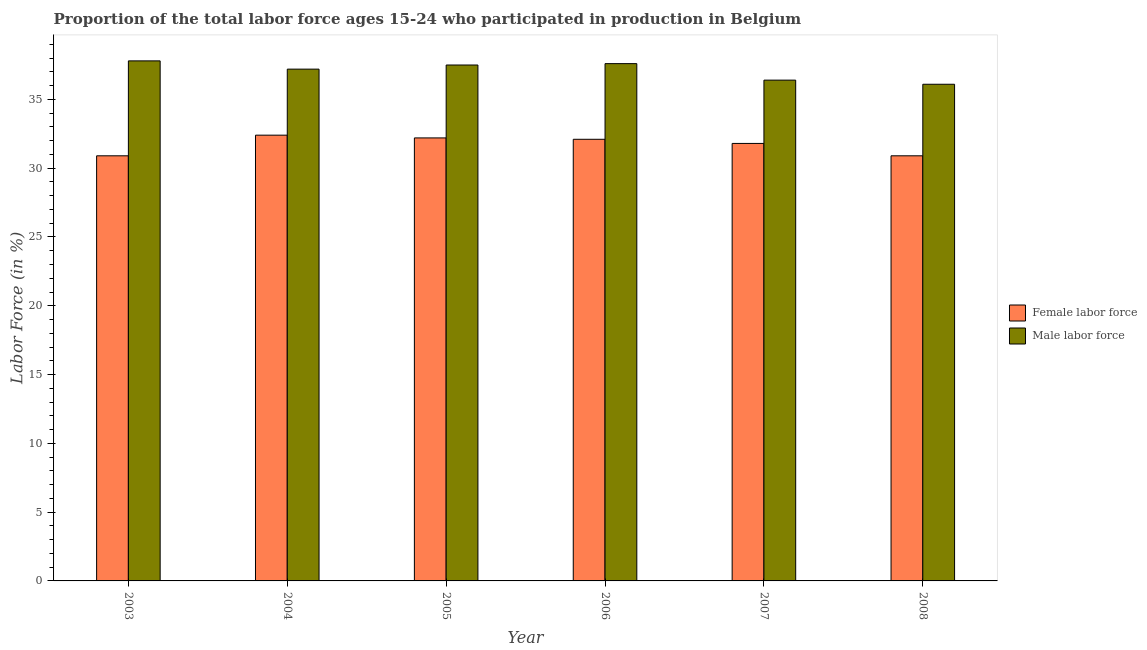
| Year | Female labor force | Male labor force |
 | --- | --- | --- |
 | 2003 | 30.9 | 37.8 |
 | 2004 | 32.4 | 37.2 |
 | 2005 | 32.2 | 37.5 |
 | 2006 | 32.1 | 37.6 |
 | 2007 | 31.8 | 36.4 |
 | 2008 | 30.9 | 36.1 |